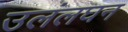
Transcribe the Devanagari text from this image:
उलंलघन